Rakvere_kinnistusamet, lk 44
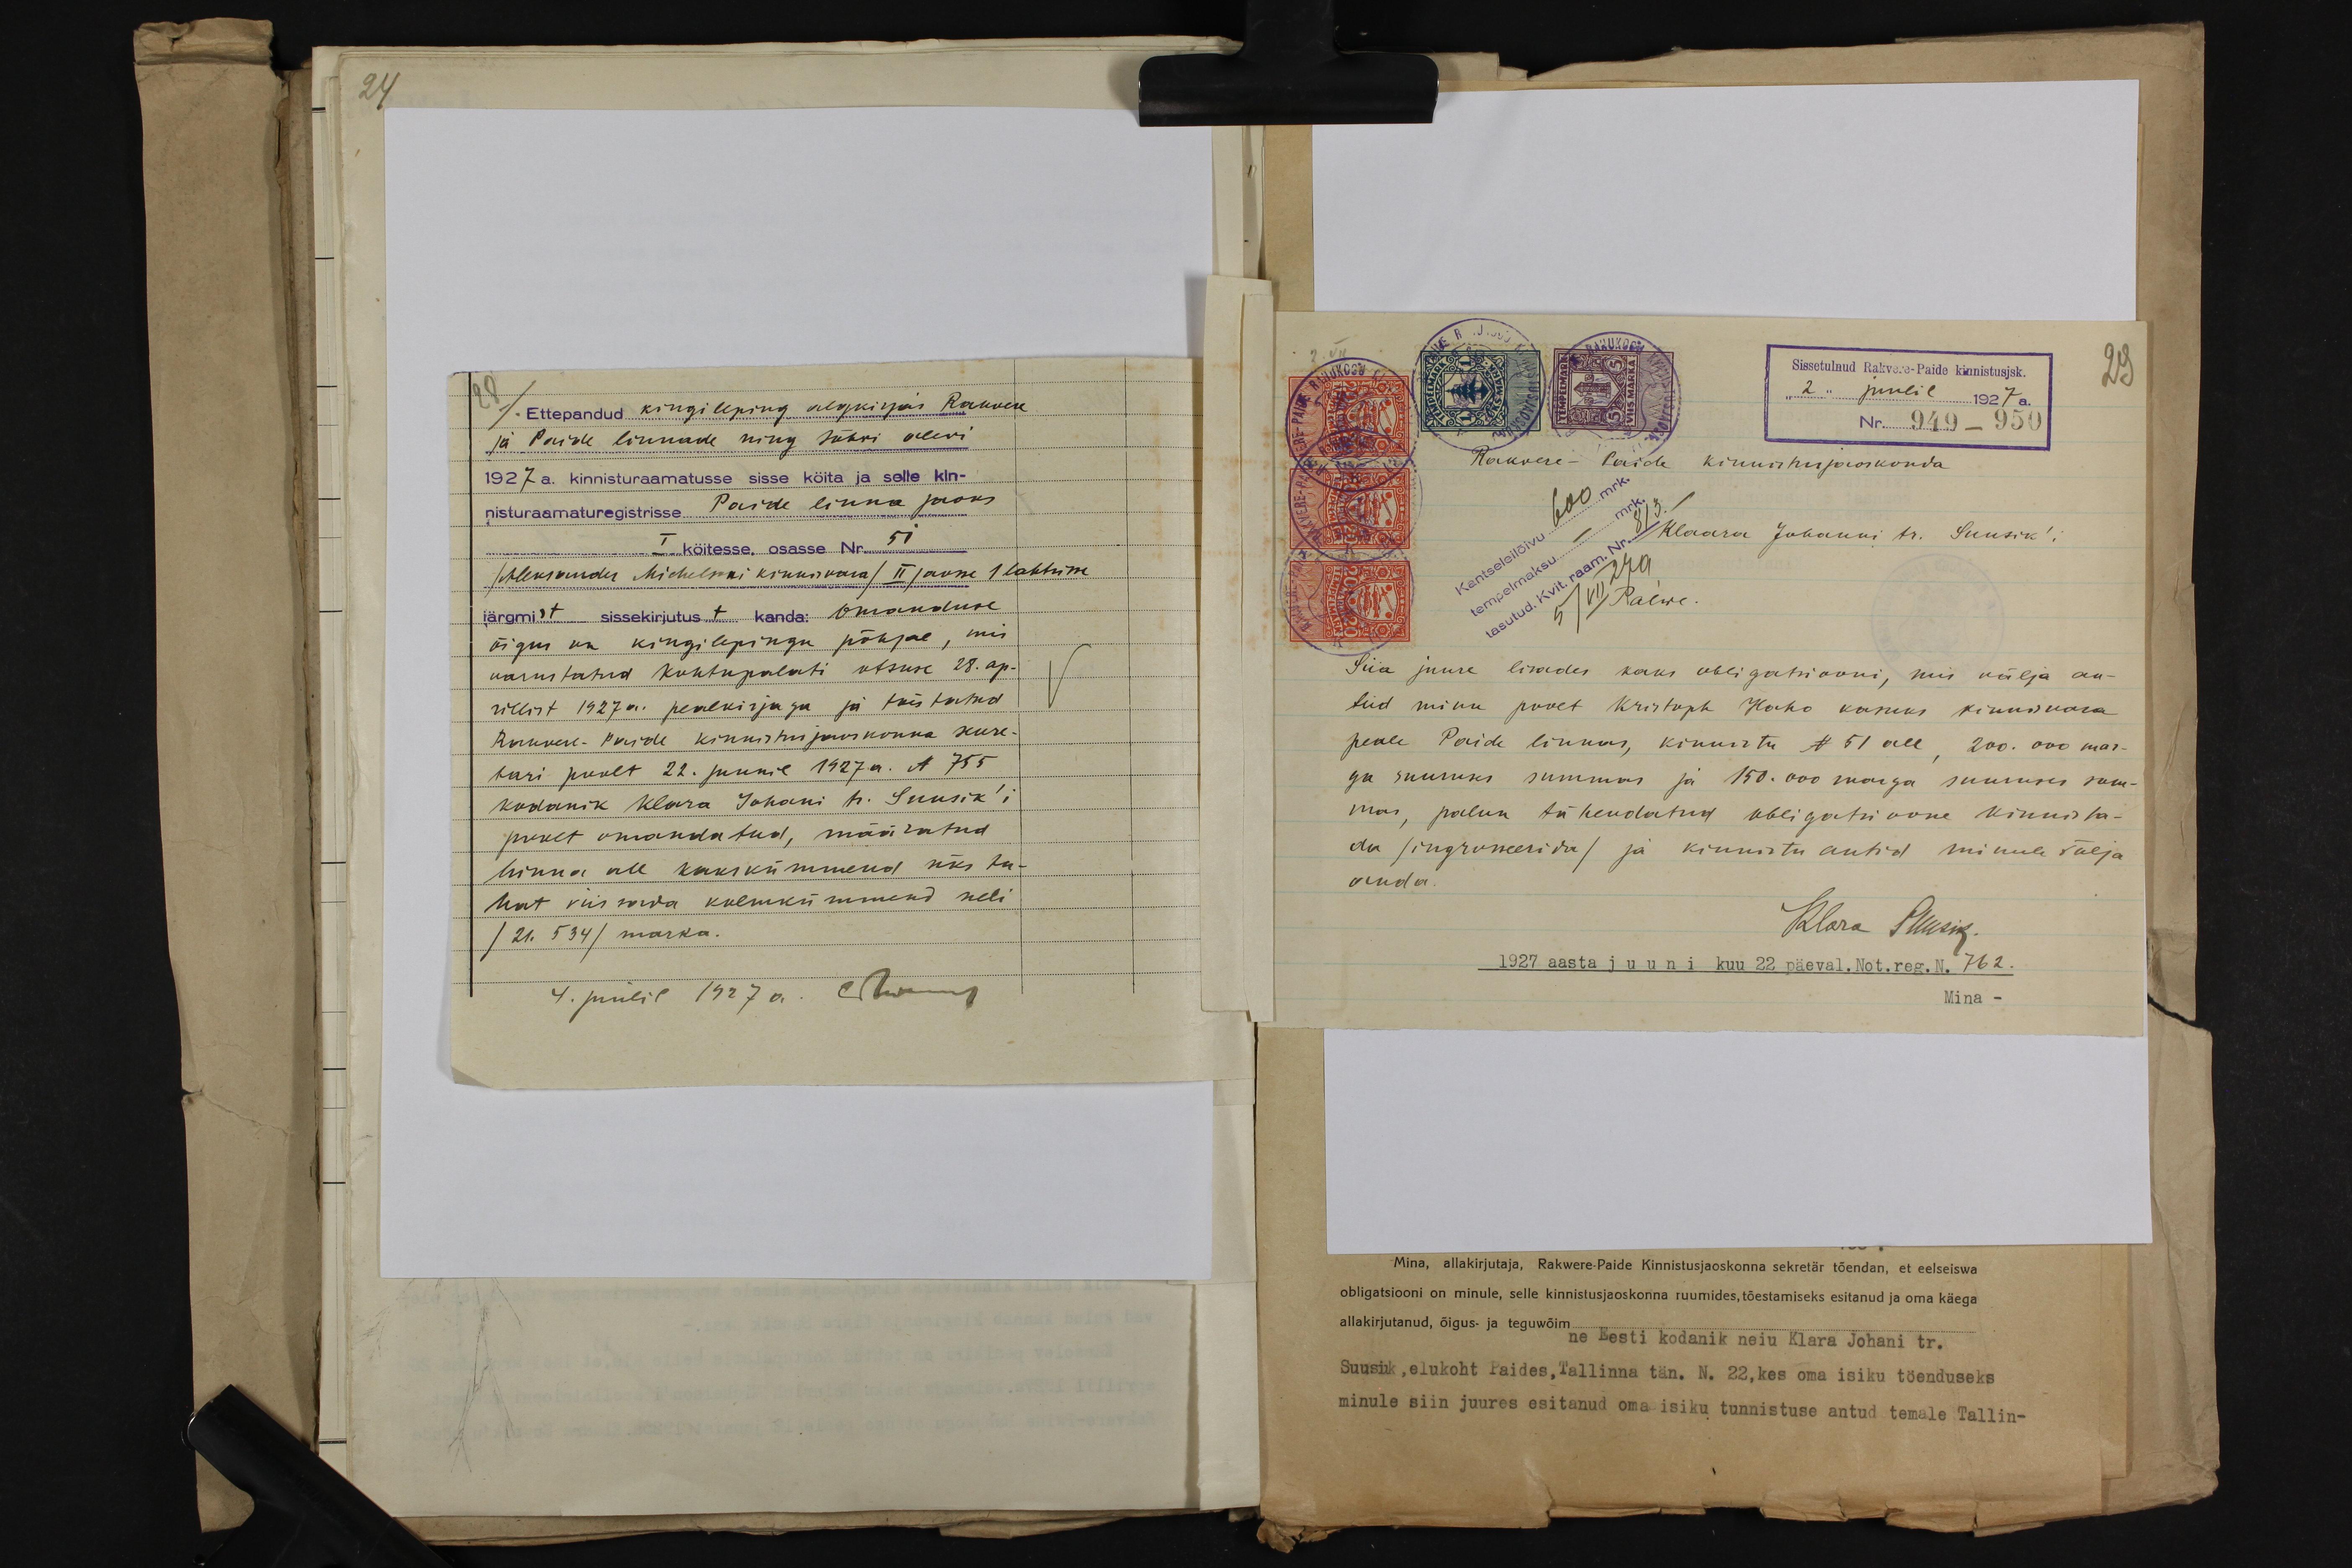
Ettepandud kingileping algkirjas Rakvere
ja Paide linnade ning Jõhvi alevi.
1927 a. kinnisturaamatusse sisse köita ja selle kln-
nisturaamaturegistrisse Paide linna jaoks
I. köitesse, osasse Nr. 51
/Aleksander Michelsoni kinnisvara/ II jaosse 1 lahtrisse
Järgmist sissekirjutust kanda: Omanduse
õigus on kingilepingu põhjal, mis
varustatud kohtupalati otsuse 28. ap-
rillist 1927 a. pealkirjaga ja teistatud
Rakvere-Paide kinnistujaoskonna sekre-
tari poolt 22. juunil 1927a. N 755
kodanik Klara Johani tr. Suusik'i
poolt omandatud, määratud
hinna all kakskümmend üks tu-
hat viis sada kolmkümmend neli
/21. 534/ marka.
4. juulil 1927 a. Olnung

Sissetulnud Rakvere-Paide kinnistusjsk.
"2" juulil 1927 a.
Nr. 949-950
Rakvere-Paide kinnistusjaoskonda
Klaara Johanni tr. Suusik!
Palwe.
Siia juure lisades kaks obligatsiooni, mis välja an-
tud minu poolt Kristoph Kaho kasuks kinnisvara
peale Paide linnas, kinnistu N 51 all 200.000 mar-
ga suuruses summas ja 150.000 marga suuruses sum-
mas, palun tähendatud obligatsioone kinnita-
da (ingrosseerida/ ja kinnistu aktid minule välja
anda.
Klara Puusig
1927 aasta juuni kuu 22 päeval. Not. reg. N. 762.
Mina -

Mina, allakirjutaja, Rakwere-Paide Kinnistusjaoskonna sekretär tõendan, et eelseiswa
obligatsiooni on minule, selle kinnistusjaoskonna ruumides, tõestamiseks esitanud ja oma käega
allakirjutanud, õigus- ja teguwõim.
ne Eesti kodanik neiu Klara Johani tr.
Suusik, elukoht Paides, Tallinna tän. N. 22, kes oma isiku töenduseks
minule siin juures esitanud oma isiku tunnistuse antud temale Tallin-